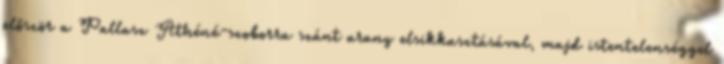
először a Pallasz Athéné-szoborra szánt arany elsikkasztásával, majd istentelenséggel